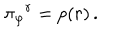
\pi { _ { \varphi } } { ^ { r } } = p ( r ) \, .